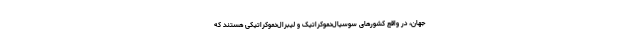
جهان، در واقع کشورهای سوسیال‌دموکراتیک و لیبرال‌دموکراتیکی هستند که